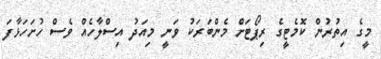
މީގެ އިތުރުން ކޮމެޓީގެ ރިޕޯޓަށް މެންބަރަކު ވަނީ މިއަދު އިސްލާހެއް ވެސް ހުށަހަޅާފަ